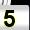
Digit: 5